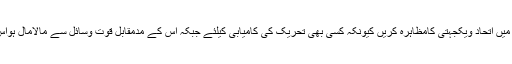
انہوں نے کہاکہ میری کشمیری عوام سے ایک التجا ہے کہ وہ آپس میں اتحاد ویکجہتی کامظاہرہ کریں کیونکہ کسی بھی تحریک کی کامیابی کیلئے جبکہ اس کے مدمقابل قوت وسائل سے مالامال ہواس سے نمٹنے کیلئے اتحاد،منظم اورمتفقہ قیادت کاہوناضروری ہے۔